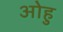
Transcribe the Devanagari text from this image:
ओहु